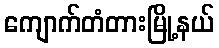
ကျောက်တံတားမြို့နယ်